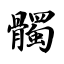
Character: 髑